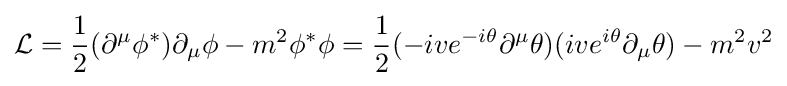
{\mathcal {L}}={\frac {1}{2}}(\partial ^{\mu }\phi ^{*})\partial _{\mu }\phi -m^{2}\phi ^{*}\phi ={\frac {1}{2}}(-ive^{-i\theta }\partial ^{\mu }\theta )(ive^{i\theta }\partial _{\mu }\theta )-m^{2}v^{2}